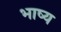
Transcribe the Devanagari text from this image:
भाष्‍य